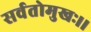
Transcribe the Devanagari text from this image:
सर्वतोमुखः।।